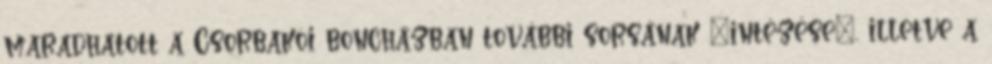
maradhatott a Csorbakõi boncházban további sorsának “intézése”, illetve a